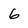
Character: 6